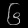
Digit: ၆